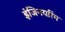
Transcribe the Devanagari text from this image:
इंजिनयरिंग